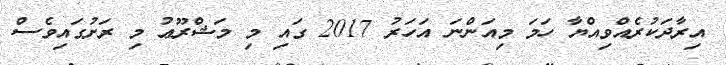
އިރާދަކުރެއްވިއްޔާ ހަމަ މިއަންނަ އަހަރު 2017 ގައި މި މަޝްރޫޢު މި ރަށުގައިވެސް